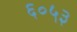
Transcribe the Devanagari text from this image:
६०५३